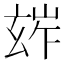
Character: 𤣧